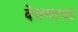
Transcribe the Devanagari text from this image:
देवगाथा